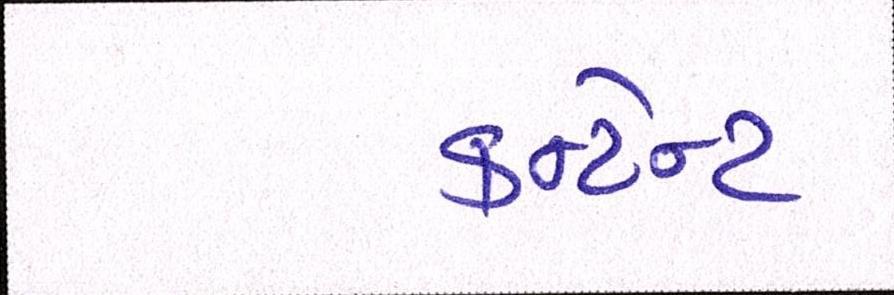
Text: કન્ટેન્ટ